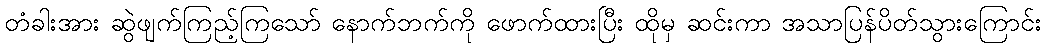
တံခါးအား ဆွဲဖျက်ကြည့်ကြသော် နောက်ဘက်ကို ဖောက်ထားပြီး ထိုမှ ဆင်းကာ အသာပြန်ပိတ်သွားကြောင်း